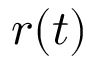
{ \boldsymbol { r } } ( t )